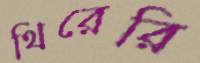
থিরেরি